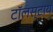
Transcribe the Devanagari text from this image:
टॉलस्टाय